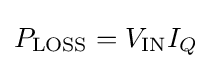
P_{\text{LOSS}}=V_{\text{IN}}I_{Q}